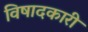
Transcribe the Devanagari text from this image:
विषादकारी